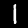
Label: 1